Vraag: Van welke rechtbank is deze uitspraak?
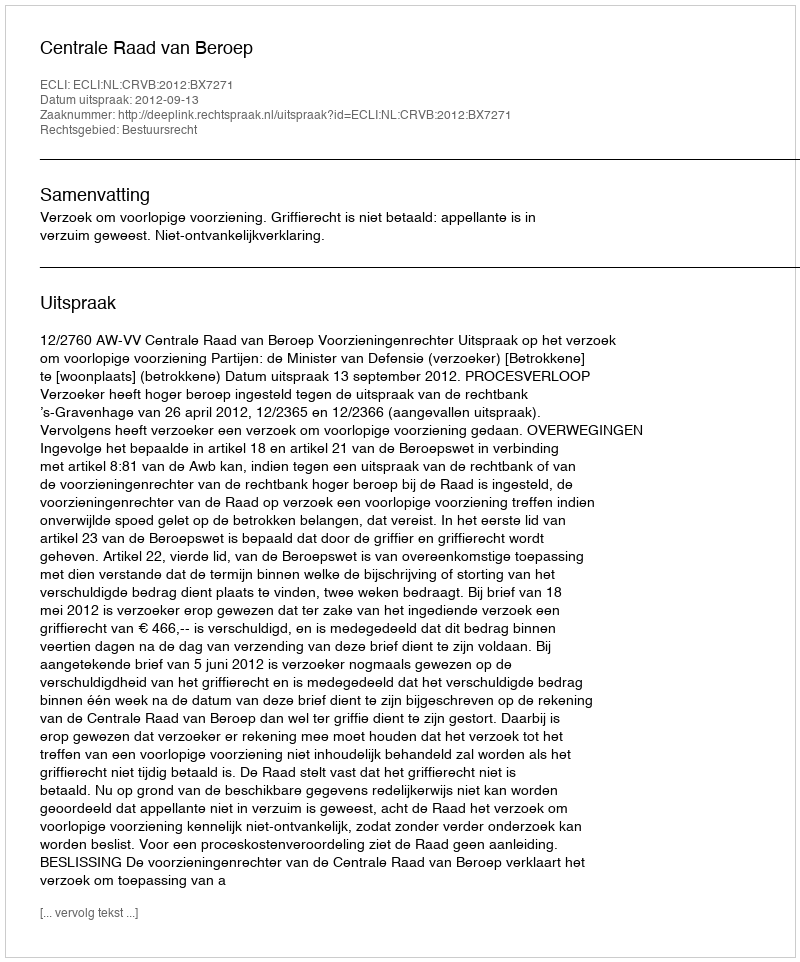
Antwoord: Centrale Raad van Beroep